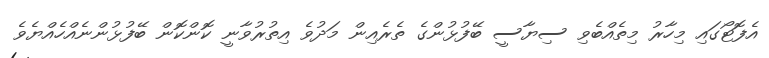
އެފޮޓޯގައި މިހާރު މިތެއްބެވި ސިޔާސީ ބޭފުޅުންގެ ތެރެއިން މަދުވެ އިތުރުވާނީ ކޮންކޮން ބޭފުޅުންނެއްހެއްޔެވެ